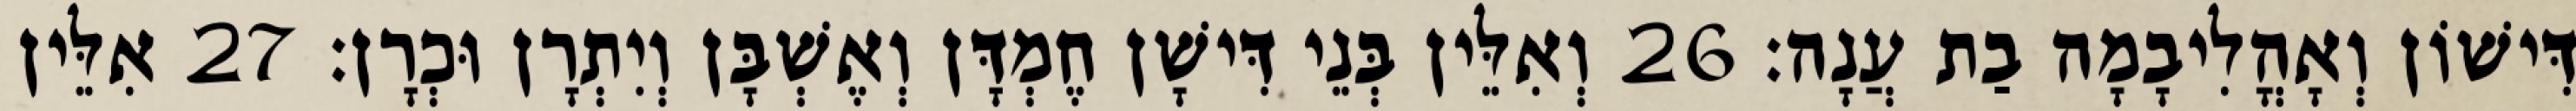
דִּישׁוֹן וְאָהֳלִיבָמָה בַת עֲנָה׃ 26 וְאִלֵּין בְּנֵי דִּישָׁן חֶמְדָּן וְאֶשְׁבָּן וְיִתְרָן וּכְרָן׃ 27 אִלֵּין